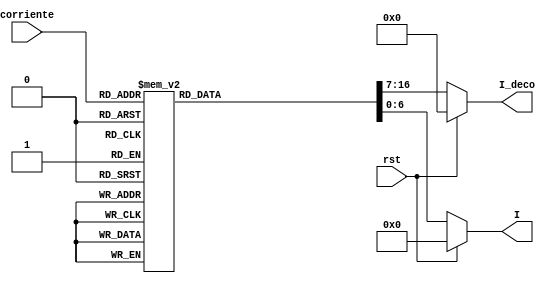
`timescale 1ns / 1ps

module Memoria_corrientes(
    input [3:0] corriente,
    input rst,
    output reg [6:0] I = 7'd0, output reg [9:0] I_deco = 10'd0
    );

always@*
	if(rst)begin
		I=7'd0;I_deco=10'd0;end
	else begin
	case(corriente)
	4'd0:begin I=7'd0;I_deco=10'd0; end
	4'd1:begin I=7'd10;I_deco=10'd100; end
	4'd2:begin I=7'd20;I_deco=10'd200; end
	4'd3:begin I=7'd30;I_deco=10'd300; end
	4'd4:begin I=7'd40;I_deco=10'd400; end
	4'd5:begin I=7'd50;I_deco=10'd500; end
	4'd6:begin I=7'd60;I_deco=10'd600; end
	4'd7:begin I=7'd70;I_deco=10'd700; end
	4'd8:begin I=7'd80;I_deco=10'd800; end
	4'd9:begin I=7'd90;I_deco=10'd900; end
	4'd10:begin I=7'd100;I_deco=10'd1000; end
	default:begin I=7'd0; I_deco = 10'd0; end
	endcase
	end

endmodule